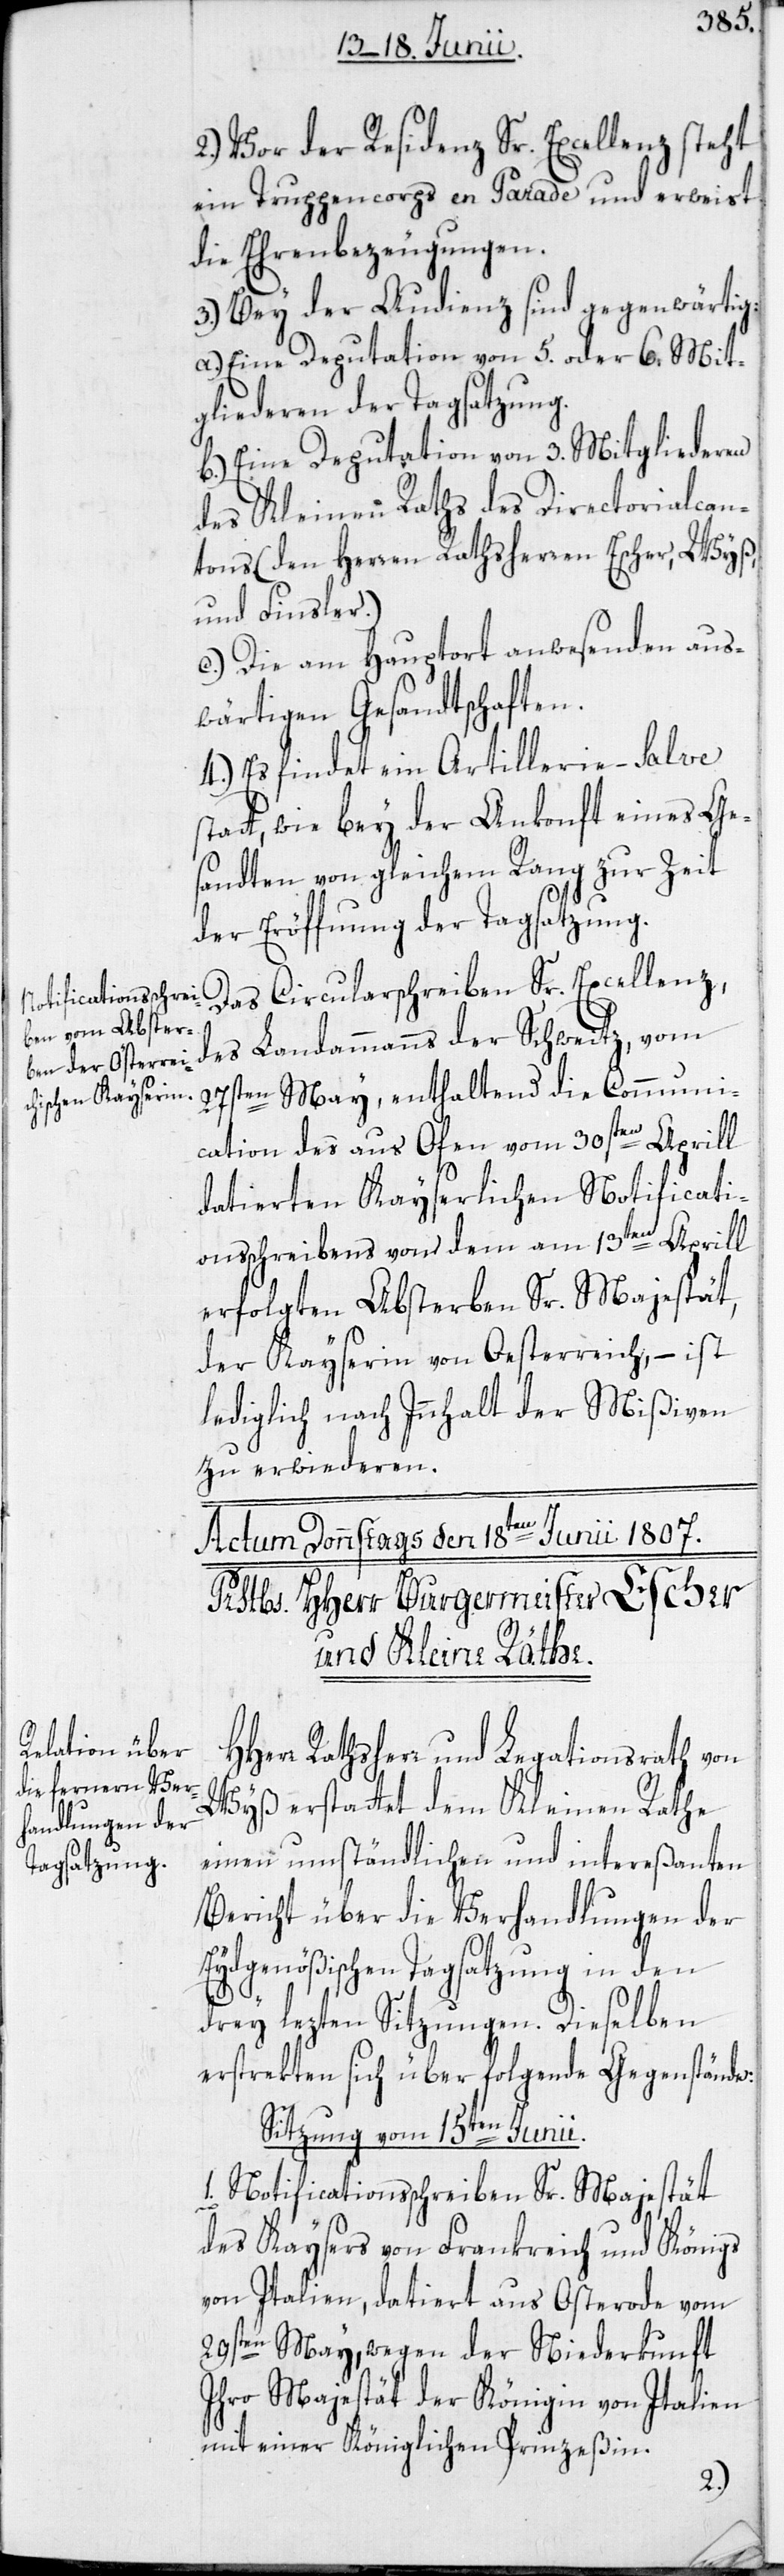
2.) Vor der Residenz Sr. Excellenz steht
ein Truppencorps en Parade und erweist
die Ehrenbezeugungen.
3.) Bey der Audienz sind gegenwärtig:
a.) Eine Deputation von 5. oder 6. Mit¬
gliederen der Tagsatzung.
b.) Eine Deputation von 3. Mitgliederen
des Kleinen Raths des Directorialcan¬
tons (den Herren Rathsherren Escher, Wyß,
und Finsler.)
c.) Die am Hauptort anwesenden aus¬
wärtigen Gesandtschaften.
4.) Es findet ein Artillerie-Salve
statt, wie bey Ankunft eines Ge¬
sandten von gleichem Rang zur Zeit
der Eröffnung der Tagsatzung.
des Landammanns der Schweitz, vom
27sten May, enthaltend die Communi¬
cation des aus Ofen vom 30sten Aprill
datierten Kayserlichen Notificati¬
onsschreibens, von dem am 13ten Aprill
erfolgten Absterben Sr. Majestät,
der Kayserin von Oesterreich, – ist
lediglich nach Innhalt der Mißiven
zu erwiederen.
Herr Rathsherr und Legationsrath von
Wyß erstattet dem Kleinen Rathe
einen umständlichen und intereßanten
Bericht über die Verhandlungen der
Eydsgenößischen Tagsatzung in den
H¬
drey lezten Sitzungen. Dieselben
erstrekten sich über folgende Gegenstände:
Sitzung vom 15ten Junii.
1.) Notificationsschreiben Sr. Majestät
des Kaysers von Frankreich und Königs
von Italien, datiert aus Osterode vom
29sten May, wegen der Niederkunft
Ihro Majestät der Königin von Italien
mit einer Königlichen Prinzeßin.